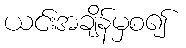
ယင်းအချိန်မှစ၍